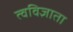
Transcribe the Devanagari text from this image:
त्वविज्ञाता